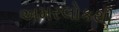
અમરલોકથી